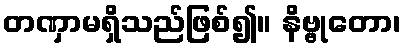
တဏှာမရှိသည်ဖြစ်၍။ နိဗ္ဗုတော၊